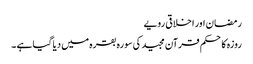
رمضان اور اخلاقی رویے
روزہ کا حکم قرآن مجید کی سورہ بقرہ میں دیا گیا ہے ۔